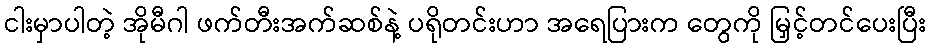
ငါးမှာပါတဲ့ အိုမီဂါ ဖက်တီးအက်ဆစ်နဲ့ ပရိုတင်းဟာ အရေပြားက တွေကို မြှင့်တင်ပေးပြီး